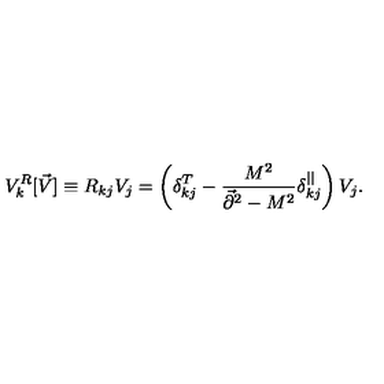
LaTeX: V _ { k } ^ { R } [ \vec { V } ] \equiv R _ { k j } V _ { j } = \left( \delta _ { k j } ^ { T } - { \frac { M ^ { 2 } } { \vec { \partial } ^ { 2 } - M ^ { 2 } } } \delta _ { k j } ^ { | | } \right) V _ { j } .